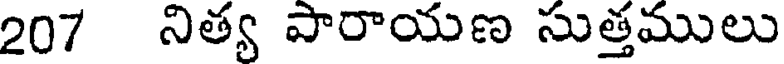
207 నిత్య పారాయణ సుత్తములు